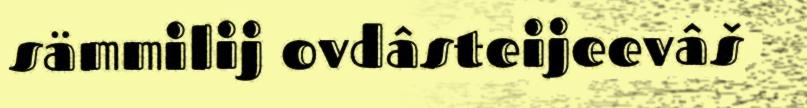
sämmilij ovdâsteijeevâš